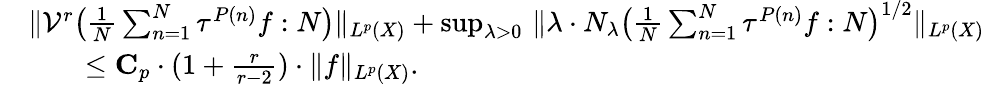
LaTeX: \begin{array}{rl}&{\| \mathcal{V}^{r}\big(\frac{1}{N}\sum_{n=1}^{N}\tau^{P(n)}f:N\big)\| _{L^{p}(X)}+\operatorname*{sup}_{\lambda>0}\, \| \lambda\cdot N_{\lambda}\big(\frac{1}{N}\sum_{n=1}^{N}\tau^{P(n)}f:N\big)^{1/2}\| _{L^{p}(X)}}\\ &{\qquad\leq\mathbf{C}_{p}\cdot(1+\frac{r}{r-2})\cdot\| f\| _{L^{p}(X)}.}\end{array}